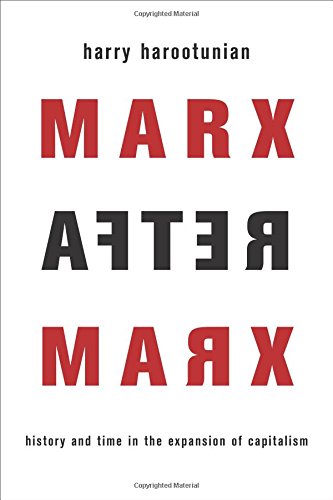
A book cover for Marx After Marx: History and Time in the Expansion of Capitalism; Harry Harootunian; Business & Money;